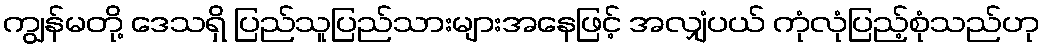
ကျွန်မတို့ ဒေသရှိ ပြည်သူပြည်သားများအနေဖြင့် အလျှံပယ် ကုံလုံပြည့်စုံသည်ဟု